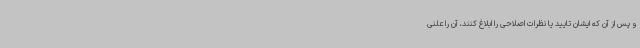
و پس از آن که ایشان تایید یا نظرات اصلاحی را ابلاغ کنند، آن را علنی